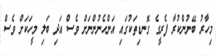
މިހާރު ބޭނުންކުރާ ފެރީގެ ގޮނޑިތަކުގައި އަންހެނުންނަށް ވެސް އަދި ބަލި މީހަކަށް ވެސް